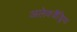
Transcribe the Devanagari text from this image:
अलेक्जैंड्रिया